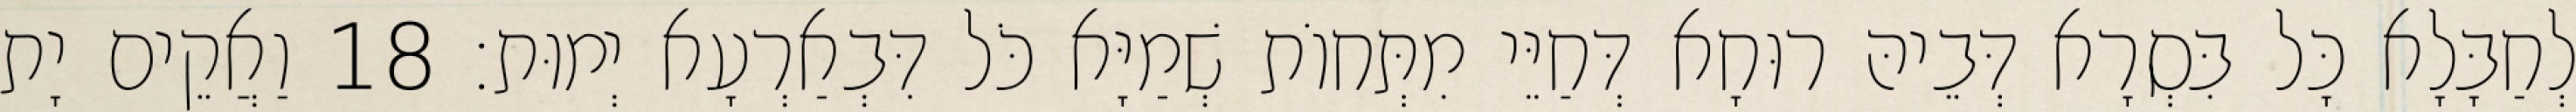
לְחַבָּלָא כָּל בִּסְרָא דְּבֵיהּ רוּחָא דְּחַיֵּי מִתְּחוֹת שְׁמַיָּא כֹּל דִּבְאַרְעָא יְמוּת׃ 18 וַאֲקֵים יָת